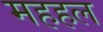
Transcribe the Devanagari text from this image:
महहल